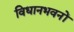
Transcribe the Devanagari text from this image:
विधानभवनों